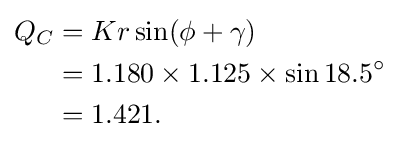
{\begin{aligned}Q_{C}&=Kr\sin(\phi +\gamma )\\&=1.180\times 1.125\times \sin 18.5^{\circ }\\&=1.421.\end{aligned}}